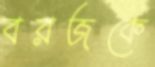
বরজকে